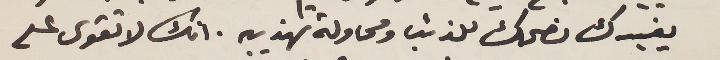
يفيدك نصحك للذئب ومحاولة تهذيبه. انك لا تقوى على